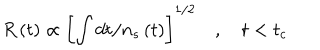
R \left( t \right) \propto \left[ \int d t / n _ { s } \left( t \right) \right] ^ { 1 / 2 } \quad , \quad t < t _ { c }